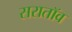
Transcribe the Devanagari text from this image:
सरातॉव